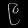
Digit: ၉